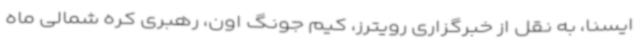
ایسنا، به نقل از خبرگزاری رویترز، کیم جونگ اون، رهبری کره شمالی ماه